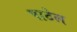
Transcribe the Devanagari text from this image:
पाटेल